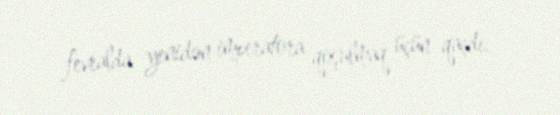
fevralda yenidən imperatora qoşulmaq üçün qaçdı.